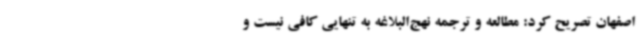
اصفهان تصریح کرد: مطالعه و ترجمه نهج‌البلاغه به تنهایی کافی نیست و